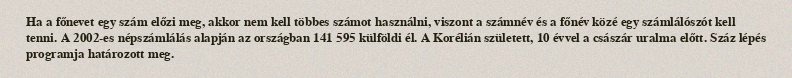
Ha a főnevet egy szám előzi meg, akkor nem kell többes számot használni, viszont a számnév és a főnév közé egy számlálószót kell tenni. A 2002-es népszámlálás alapján az országban 141 595 külföldi él. A Korélián született, 10 évvel a császár uralma előtt. Száz lépés programja határozott meg.